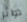
دوائر